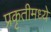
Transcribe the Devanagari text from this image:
प्रकृतीमध्येे